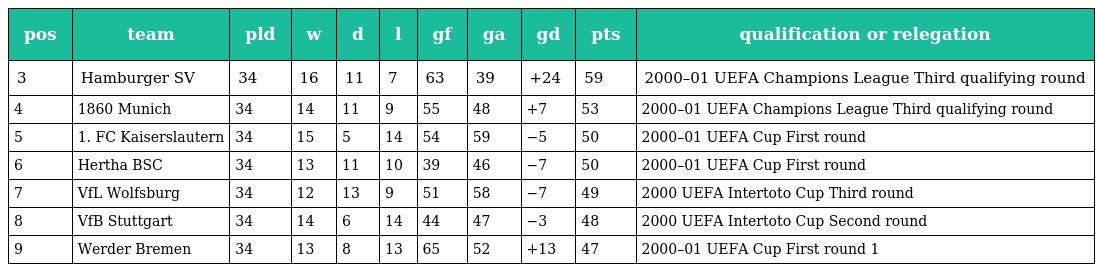
| pos | team | pld | w | d | l | gf | ga | gd | pts | qualification or relegation |
 | --- | --- | --- | --- | --- | --- | --- | --- | --- | --- | --- |
 | 3 | Hamburger SV | 34 | 16 | 11 | 7 | 63 | 39 | +24 | 59 | 2000–01 UEFA Champions League Third qualifying round |
 | 4 | 1860 Munich | 34 | 14 | 11 | 9 | 55 | 48 | +7 | 53 | 2000–01 UEFA Champions League Third qualifying round |
 | 5 | 1. FC Kaiserslautern | 34 | 15 | 5 | 14 | 54 | 59 | −5 | 50 | 2000–01 UEFA Cup First round |
 | 6 | Hertha BSC | 34 | 13 | 11 | 10 | 39 | 46 | −7 | 50 | 2000–01 UEFA Cup First round |
 | 7 | VfL Wolfsburg | 34 | 12 | 13 | 9 | 51 | 58 | −7 | 49 | 2000 UEFA Intertoto Cup Third round |
 | 8 | VfB Stuttgart | 34 | 14 | 6 | 14 | 44 | 47 | −3 | 48 | 2000 UEFA Intertoto Cup Second round |
 | 9 | Werder Bremen | 34 | 13 | 8 | 13 | 65 | 52 | +13 | 47 | 2000–01 UEFA Cup First round 1 |